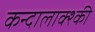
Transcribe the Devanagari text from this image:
कन्दालाक्श्की